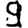
Digit: 9